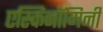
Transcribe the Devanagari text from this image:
एस्किनॉमिनी